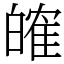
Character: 㿥